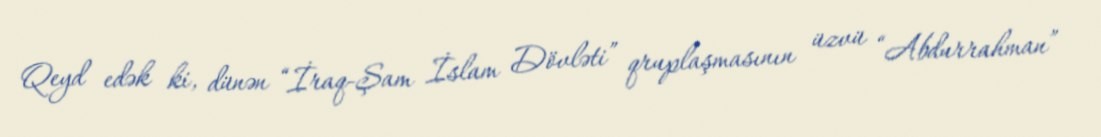
Qeyd edək ki, dünən “İraq-Şam İslam Dövləti” qruplaşmasının üzvü “Abdurrahman”